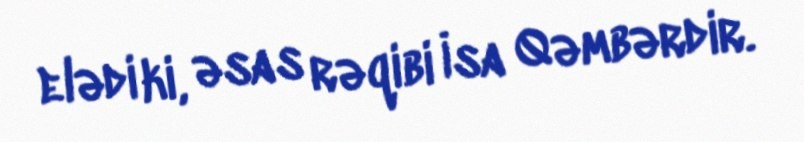
elədi ki, əsas rəqibi İsa Qəmbərdir.